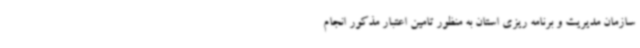
سازمان مدیریت و برنامه ریزی استان به منظور تامین اعتبار مذکور انجام